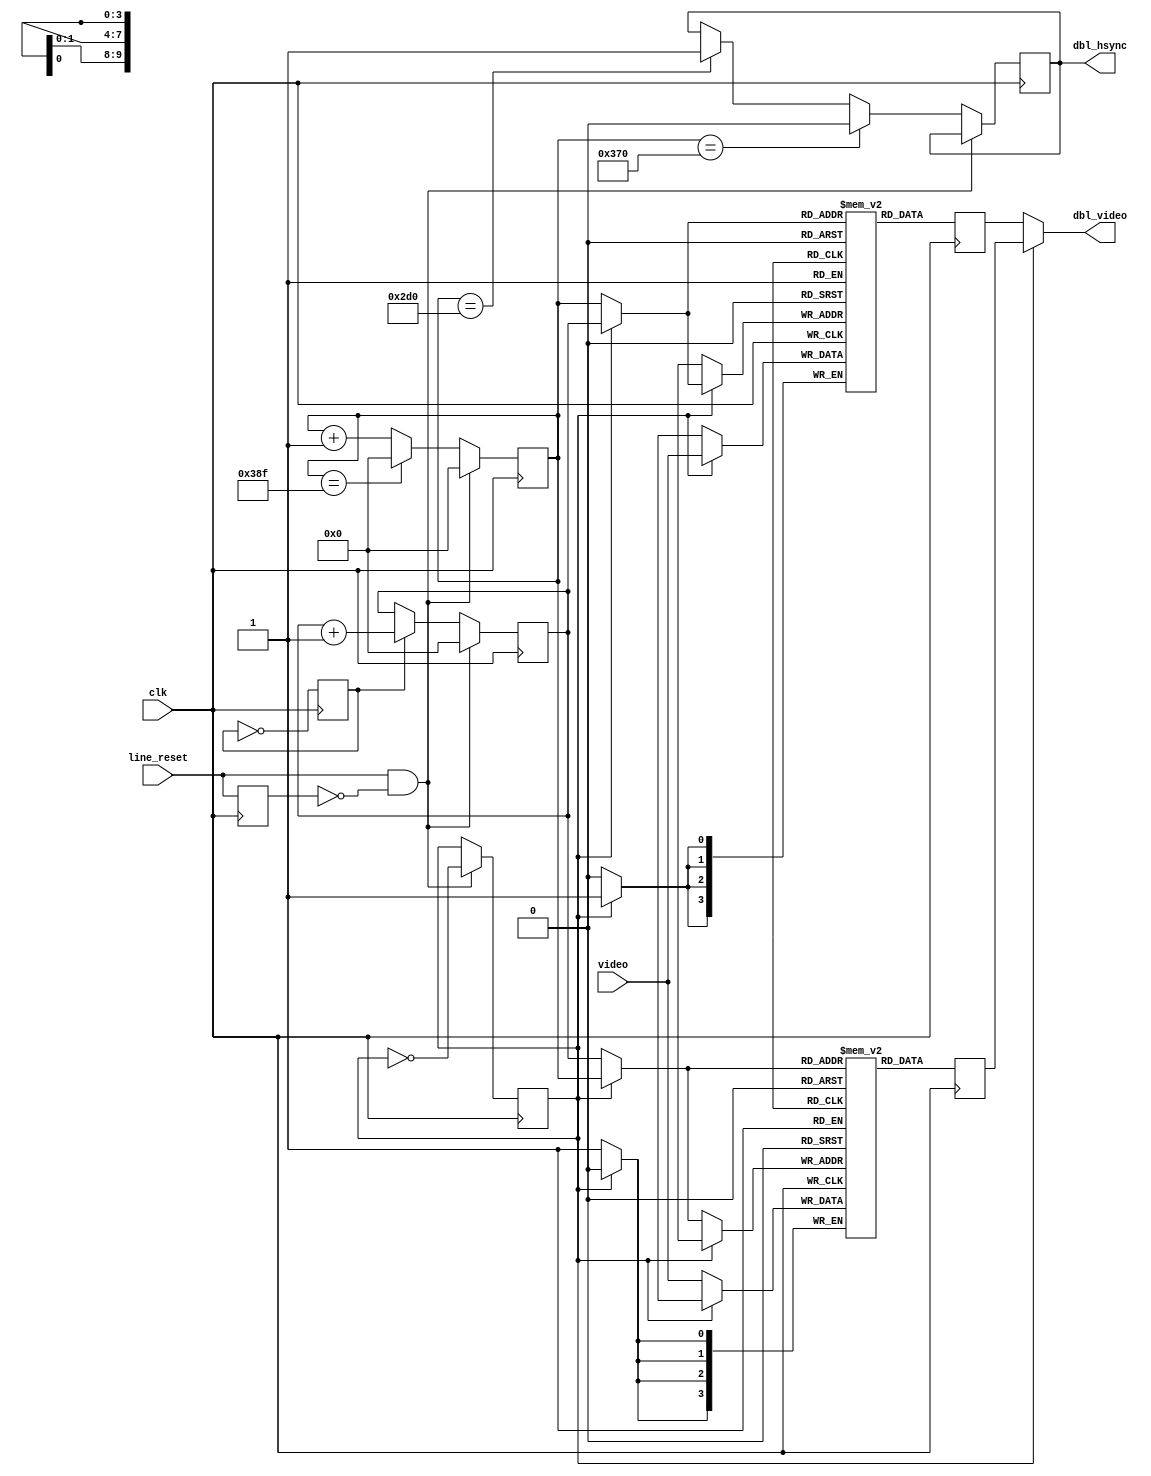
// Graphics Gremlin
//
// Copyright (c) 2021 Eric Schlaepfer
// This work is licensed under the Creative Commons Attribution-ShareAlike 4.0
// International License. To view a copy of this license, visit
// http://creativecommons.org/licenses/by-sa/4.0/ or send a letter to Creative
// Commons, PO Box 1866, Mountain View, CA 94042, USA.
//
`default_nettype wire
module cga_scandoubler(
    input clk,
    input line_reset,
    input[3:0] video,
    output reg dbl_hsync,
    output[3:0] dbl_video
    );

    reg sclk = 1'b0;
    reg[9:0] hcount_slow;
    reg[9:0] hcount_fast;
    reg line_reset_old = 1'b0;

    wire[9:0] addr_a;
    wire[9:0] addr_b;

    reg[3:0] data_a;
    reg[3:0] data_b;

    reg[3:0] scan_ram_a [1023:0];
    reg[3:0] scan_ram_b [1023:0];

    reg select = 1'b0;

    // VGA 640x480@60Hz has pix clk of 25.175MHz. Ours is 28.6364MHz,
    // so it is not quite an exact match. 896 clocks per line gives us
    // an horizontal rate of 31.96KHz which is close to 31.78KHz (spec).

    // Vertical lines are doubled, so 262 * 2 = 524 which matches exactly.

    always @ (posedge clk)
    begin
        line_reset_old <= line_reset;
    end

    // Double scanned horizontal counter
    always @ (posedge clk)
    begin
        if (line_reset & ~line_reset_old) begin
            hcount_fast <= 11'd0;
        end else begin
            if (hcount_fast == 10'd911) begin
                hcount_fast <= 10'd0;
            end else begin
                hcount_fast <= hcount_fast + 11'd1;
            end

            // Fixed doubled hsync
            if (hcount_fast == 10'd720) begin
                dbl_hsync <= 1;
            end
            if (hcount_fast == (10'd720 + 10'd160)) begin
                dbl_hsync <= 0;
            end
        end
    end

    // Standard scan horizontal counter
    always @ (posedge clk)
    begin
        sclk <= ~sclk;
        if (line_reset & ~line_reset_old) begin
            hcount_slow <= 10'd0;
        end else if (sclk) begin
            hcount_slow <= hcount_slow + 10'd1;
        end
    end

    // Select latch lets us swap between line store RAMs A and B
    always @ (posedge clk)
    begin
        if (line_reset & ~line_reset_old) begin
            select = ~select;
        end
    end

    assign addr_a = select ? hcount_slow : hcount_fast;
    assign addr_b = select ? hcount_fast : hcount_slow;

    // RAM A
    always @ (posedge clk)
    begin
        if (select) begin
            scan_ram_a[(addr_a)] <= video;
        end
        data_a <= scan_ram_a[addr_a];
    end

    // RAM B
    always @ (posedge clk)
    begin
        if (!select) begin
            scan_ram_b[(addr_b)] <= video;
        end
        data_b <= scan_ram_b[addr_b];
    end

    assign dbl_video = select ? data_b : data_a;

endmodule